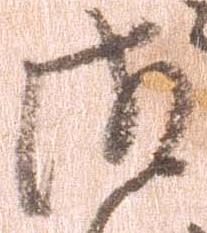
御